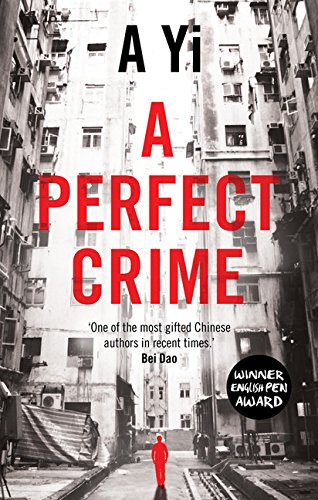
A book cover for A Perfect Crime; A Yi; Literature & Fiction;